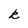
Character: k